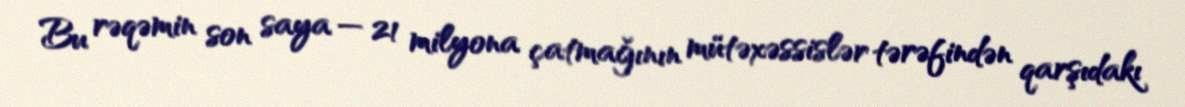
Bu rəqəmin son saya — 21 milyona çatmağının mütəxəssislər tərəfindən qarşıdakı